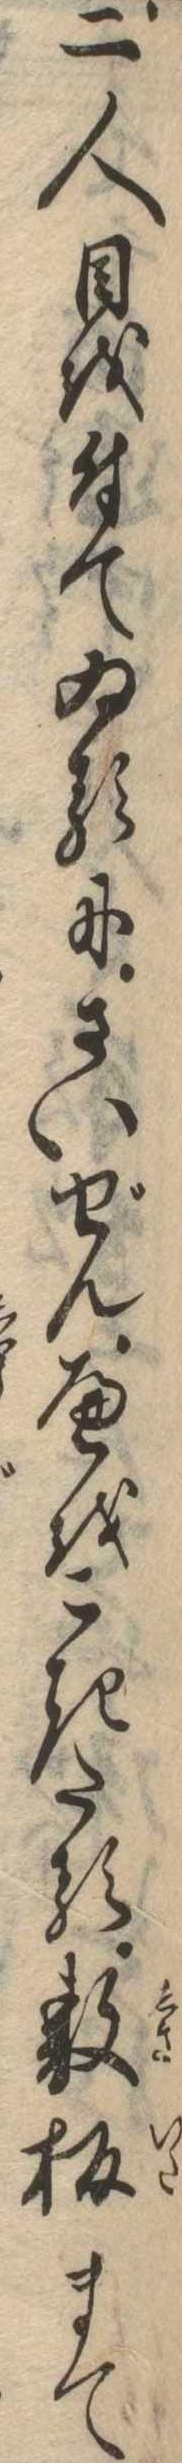
二人目を付てゐるにさいぜんへをこきたる敷板まて